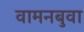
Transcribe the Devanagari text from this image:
वामनबुवा